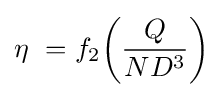
\eta \ =f_{2}\!\left({Q \over {ND^{3}}}\right)